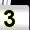
Digit: 3